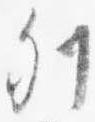
列